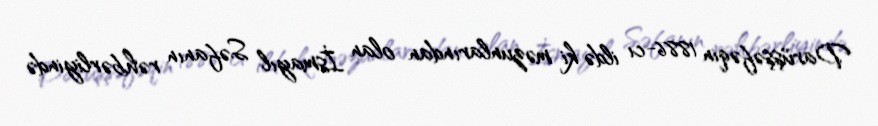
Darüşşəfəqin 1886-cı ildə ki məzunlarından olan İsmayıl Səfanın rəhbərliyində